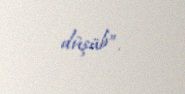
düşüb”.